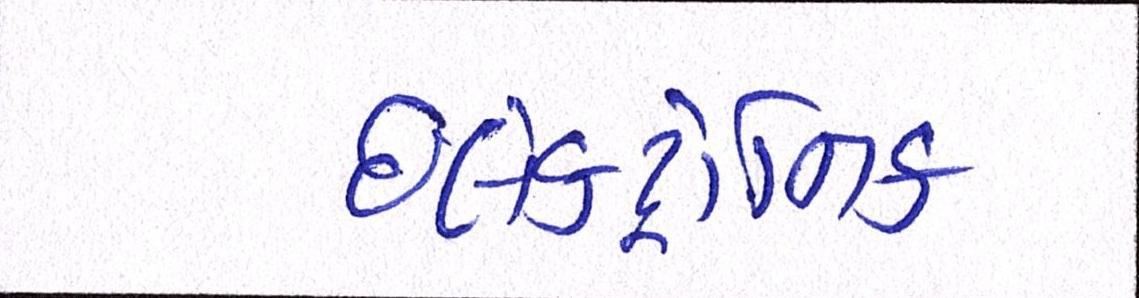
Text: ઇલેક્ટ્રોનિક